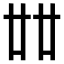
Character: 𠦜